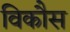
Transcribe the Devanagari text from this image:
विकाैस